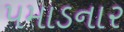
પમાડનાર